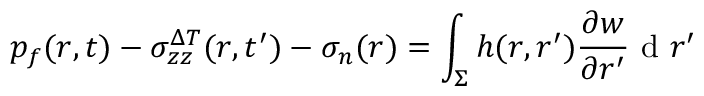
p _ { f } ( r , t ) - \sigma _ { z z } ^ { \Delta T } ( r , t ^ { \prime } ) - \sigma _ { n } ( r ) = \int _ { \Sigma } h ( r , r ^ { \prime } ) \frac { \partial w } { \partial r ^ { \prime } } \mathrm { ~ d ~ } r ^ { \prime }